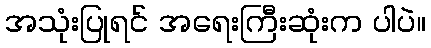
အသုံးပြုရင် အရေးကြီးဆုံးက ပါပဲ။